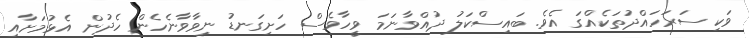
ވަކި ސަރަހައްދުތަކެއްގަ އެވެ. ބައިސްކަލު ދުއްވާނަމަ ވީހާވެސް ހަށިގަނޑު ނިވާވާނެހެން ހެދުން އެޅުމަށާއި